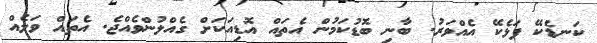
ކަނޑެކޭ ފަޅެކޭ އެއްވަރު. ބާނި ބޮޑުކަމުން އެތައް އޮޑިއަކަށް ގެއްލުންވެއްޖެ. އެތައް ވަލެއް